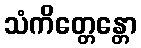
သံကိတ္တေန္တော